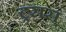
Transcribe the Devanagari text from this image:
ट्रसस